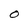
Character: O